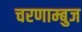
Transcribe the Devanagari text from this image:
चरणाम्बुज